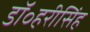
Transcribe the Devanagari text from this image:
डॉ॰हरीसिंह